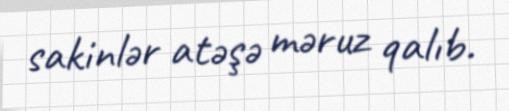
sakinlər atəşə məruz qalıb.